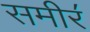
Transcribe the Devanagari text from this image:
समीर॔